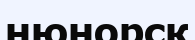
нюнорск